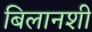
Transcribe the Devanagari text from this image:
बिलानशी